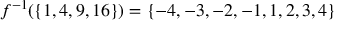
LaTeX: f ^ { - 1 } ( \left\{ 1 , 4 , 9 , 1 6 \right\} ) = \left\{ - 4 , - 3 , - 2 , - 1 , 1 , 2 , 3 , 4 \right\}